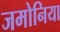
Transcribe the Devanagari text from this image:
जमोनिया